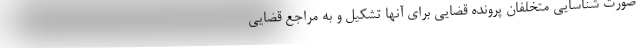
صورت شناسایی متخلفان پرونده قضایی برای آنها تشکیل و به مراجع قضایی